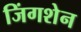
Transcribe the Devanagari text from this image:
जिंगशेन